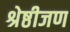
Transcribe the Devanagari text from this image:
श्रेष्ठीजण